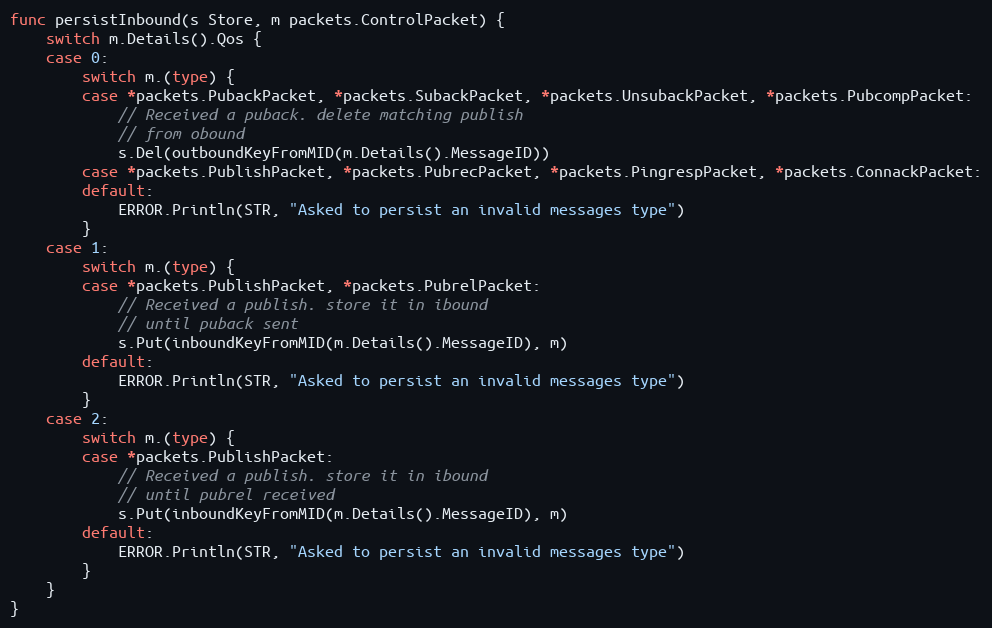
Language: Go
func persistInbound(s Store, m packets.ControlPacket) {
	switch m.Details().Qos {
	case 0:
		switch m.(type) {
		case *packets.PubackPacket, *packets.SubackPacket, *packets.UnsubackPacket, *packets.PubcompPacket:
			// Received a puback. delete matching publish
			// from obound
			s.Del(outboundKeyFromMID(m.Details().MessageID))
		case *packets.PublishPacket, *packets.PubrecPacket, *packets.PingrespPacket, *packets.ConnackPacket:
		default:
			ERROR.Println(STR, "Asked to persist an invalid messages type")
		}
	case 1:
		switch m.(type) {
		case *packets.PublishPacket, *packets.PubrelPacket:
			// Received a publish. store it in ibound
			// until puback sent
			s.Put(inboundKeyFromMID(m.Details().MessageID), m)
		default:
			ERROR.Println(STR, "Asked to persist an invalid messages type")
		}
	case 2:
		switch m.(type) {
		case *packets.PublishPacket:
			// Received a publish. store it in ibound
			// until pubrel received
			s.Put(inboundKeyFromMID(m.Details().MessageID), m)
		default:
			ERROR.Println(STR, "Asked to persist an invalid messages type")
		}
	}
}